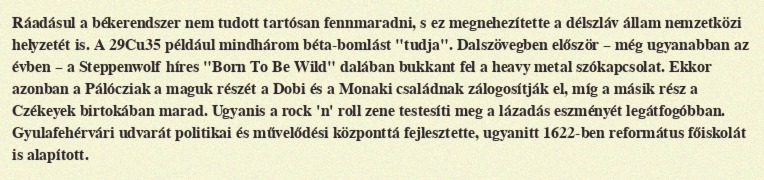
Ráadásul a békerendszer nem tudott tartósan fennmaradni, s ez megnehezítette a délszláv állam nemzetközi helyzetét is. A 29Cu35 például mindhárom béta-bomlást "tudja". Dalszövegben először – még ugyanabban az évben – a Steppenwolf híres "Born To Be Wild" dalában bukkant fel a heavy metal szókapcsolat. Ekkor azonban a Pálócziak a maguk részét a Dobi és a Monaki családnak zálogosítják el, míg a másik rész a Czékeyek birtokában marad. Ugyanis a rock 'n' roll zene testesíti meg a lázadás eszményét legátfogóbban. Gyulafehérvári udvarát politikai és művelődési központtá fejlesztette, ugyanitt 1622-ben református főiskolát is alapított.